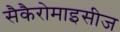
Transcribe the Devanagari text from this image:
सैकैरोमाइसीज